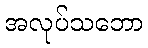
အလုပ်သဘော